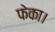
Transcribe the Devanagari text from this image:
फेका।